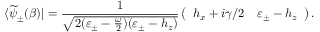
\langle \widetilde { \psi } _ { \pm } ( \beta ) | = \frac { 1 } { \sqrt { 2 ( \varepsilon _ { \pm } - \frac { \omega } { 2 } ) ( \varepsilon _ { \pm } - h _ { z } ) } } \left( \begin{array} { l l } { h _ { x } + i \gamma / 2 } & { \varepsilon _ { \pm } - h _ { z } } \end{array} \right) .